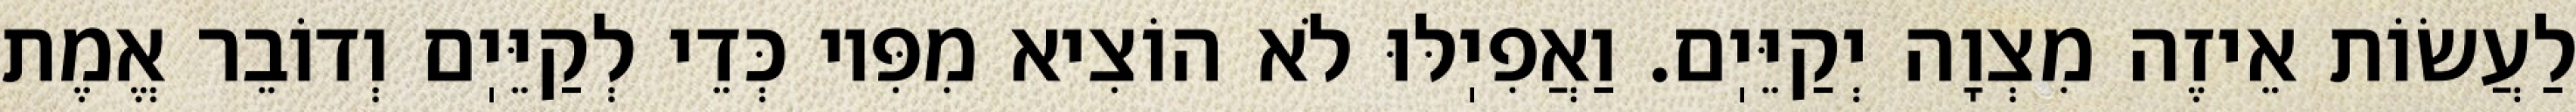
לַעֲשׂוֹת אֵיזֶה מִצְוָה יְקַיֵּיֽם. וַאֲפִיֽלּוּ לֹא הוֹצִיא מִפִּיו כְּדֵי לְקַיֵּיֽם וְדוֹבֵר אֱמֶת